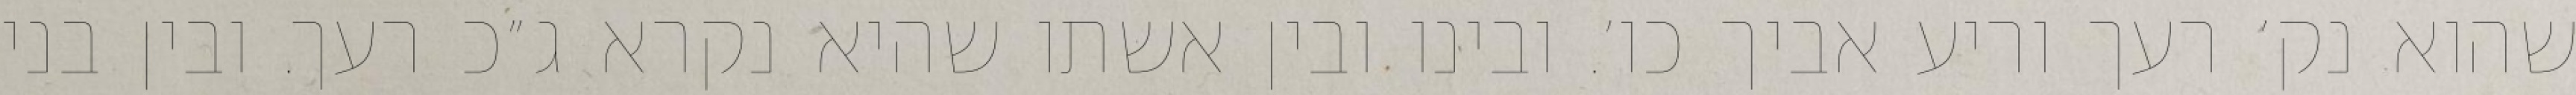
שהוא נק׳ רעך וריע אביך כו׳. ובינו ובין אשתו שהיא נקרא ג״כ רעך. ובין בני